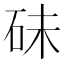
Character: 𥑘